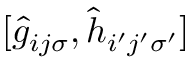
[ \hat { g } _ { i j \sigma } , \hat { h } _ { i ^ { \prime } j ^ { \prime } \sigma ^ { \prime } } ]